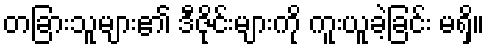
တခြားသူများ၏ ဒီဇိုင်းများကို ကူးယူခဲ့ခြင်း မရှိ။